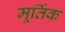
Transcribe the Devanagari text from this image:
मूर्तिक